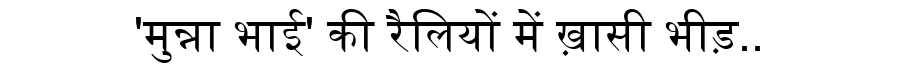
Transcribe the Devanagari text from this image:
'मुन्ना भाई' की रैलियों में ख़ासी भीड़..